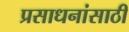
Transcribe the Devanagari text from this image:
प्रसाधनांसाठी